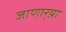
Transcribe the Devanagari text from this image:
जाणार्‍य़ा